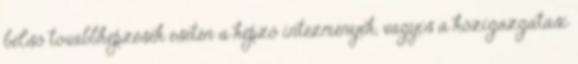
belső továbbképzések esetén a képző intézmények, vagyis a közigazgatási